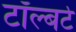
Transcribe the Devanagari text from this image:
टॉल्बर्ट